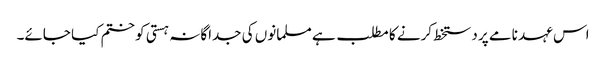
اس عہد نامے پر دستخط کرنے کا مطلب ہے مسلمانوں کی جداگانہ ہستی کو ختم کیا جائے۔